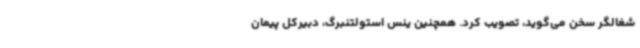
شغالگر سخن می‌گوید، تصویب کرد. همچنین ینس استولتنبرگ، دبیرکل پیمان